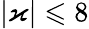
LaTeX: |\varkappa|\leqslant 8